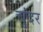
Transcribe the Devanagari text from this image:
चुंदर